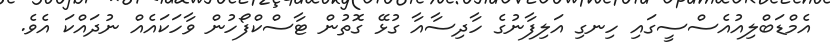
އެމްޑަބްލިއުއެސްސީގައި ހިނގި އަލިފާނުގެ ހާދިސާއާ ގުޅޭ ގޮތުން ޓާސްކްފޯހުން ވާހަކައެއް ނުދައްކަ އެވެ.